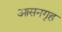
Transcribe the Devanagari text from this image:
आसनगृह